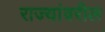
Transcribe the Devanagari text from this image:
राज्यांवरील